Indian journal of veterinary science and animal husbandry - Volume 10,
Year: 1940
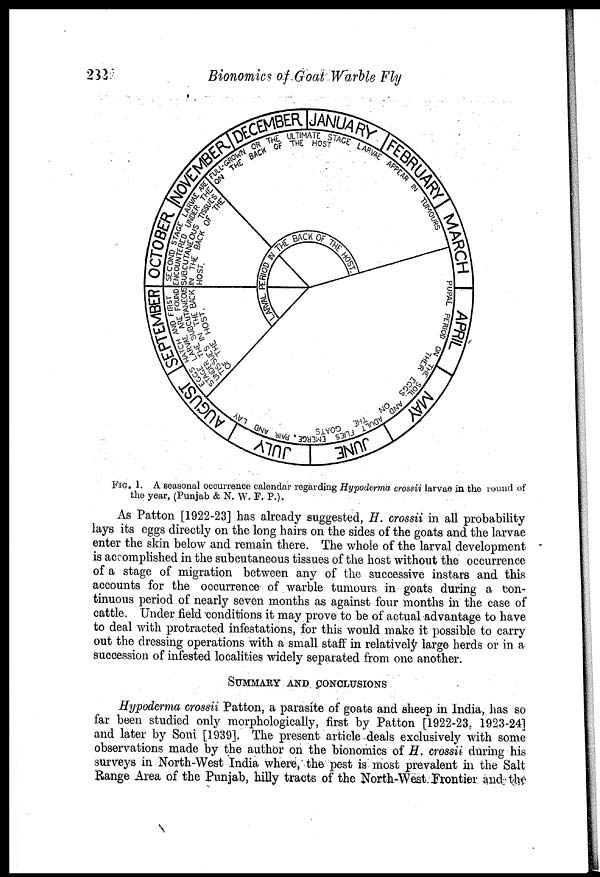
232
Bionomics of Goat Warble Fly
FIG. 1. A seasonal occurrence calendar regarding Hypoderma crossii larvae in the round of
the year, (Punjab & N. W. F. P.).
As Patton [1922-23] has already suggested, H. crossii in all probability
lays its eggs directly on the long hairs on the sides of the goats and the larvae
enter the skin below and remain there. The whole of the larval development
is accomplished in the subcutaneous tissues of the host without the occurrence
of a stage of migration between any of the successive instars and this
accounts for the occurrence of warble tumours in goats during a con-
tinuous period of nearly seven months as against four months in the case of
cattle. Under field conditions it may prove to be of actual advantage to have
to deal with protracted infestations, for this would make it possible to carry
out the dressing operations with a small staff in relatively large herds or in a
succession of infested localities widely separated from one another.
SUMMARY AND CONCLUSIONS
Hypoderma crossii Patton, a parasite of goats and sheep in India, has so
far been studied only morphologically, first by Patton [1922-23, 1923-24]
and later by Soni [1939]. The present article deals exclusively with some
observations made by the author on the bionomics of H. crossii during his
surveys in North-West India where, the pest is most prevalent in the Salt
Range Area of the Punjab, hilly tracts of the North-West Frontier and the